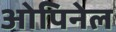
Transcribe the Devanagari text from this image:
ओपिनेल